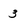
Character: 3